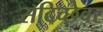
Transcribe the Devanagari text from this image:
सदिच्छेवर